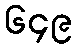
၆၄၉